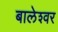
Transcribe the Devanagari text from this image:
बालेश्‍वर